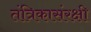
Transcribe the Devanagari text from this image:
तंत्रिकासंरक्षी